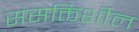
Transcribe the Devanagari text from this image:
संसक्तिशील